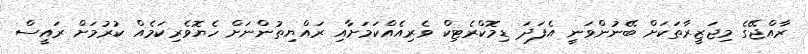
ރާއްޖޭގެ މިޖަޒީރާތަކަށް ބޭނުންވަނީ އެފަދަ ޑިމޮކްރެޓިކް ވެރިއެއްކަމަށާއި ރައްޔިތުންނަށް ހެޔޮވެރިކަމެއް ކުރުމަށް ރައީސް